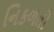
નિકળતો